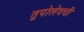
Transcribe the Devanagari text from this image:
तुपोलेवची